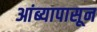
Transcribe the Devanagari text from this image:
आंब्यापासून